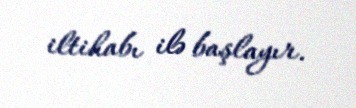
iltihabı ilə başlayır.